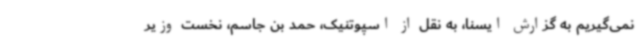
نمی‌گیریم به گزارش ایسنا، به نقل از اسپوتنیک، حمد بن جاسم، نخست وزیر